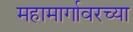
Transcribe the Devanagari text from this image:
महामार्गावरच्या